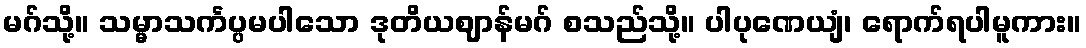
မဂ်သို့။ သမ္မာသင်္ကပ္ပမပါသော ဒုတိယဈာန်မဂ် စသည်သို့။ ပါပုဏေယျံ၊ ရောက်ရပါမူကား။